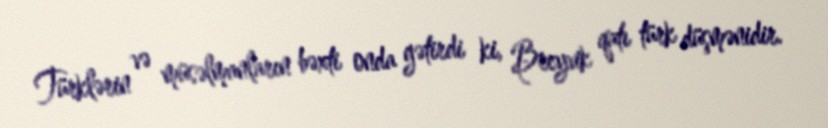
Türklərin və müsəlmanların bəxti onda gətirdi ki, Breyvik qatı türk düşmənidir.